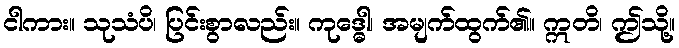
ငါကား။ သုသံပိ၊ ပြင်းစွာလည်း။ ကုဒ္ဓေါ၊ အမျက်ထွက်၏။ ဣတိ၊ ဤသို့။